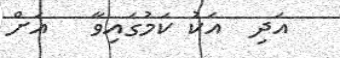
އަދި  އަކު ކަމުގައިވާ   އަށް